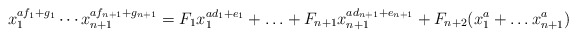
\begin{align*}x_1^{af_1+g_1}\cdots x_{n+1} ^{af_{n+1} + g_{n+1}}=F_1x_1^{ad_1+e_1} + \ldots + F_{n+1} x_{n+1}^{ad_{n+1}+e_{n+1}}+ F_{n+2}(x_1^a + \ldots x_{n+1}^a)\end{align*}